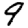
Digit: 9